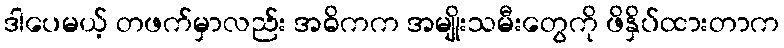
ဒါပေမယ့် တဖက်မှာလည်း အဓိကက အမျိုးသမီးတွေကို ဖိနှိပ်ထားတာက